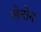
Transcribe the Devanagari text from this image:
लेनोन